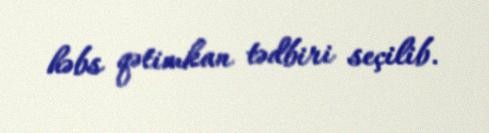
həbs qətimkan tədbiri seçilib.